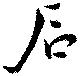
石